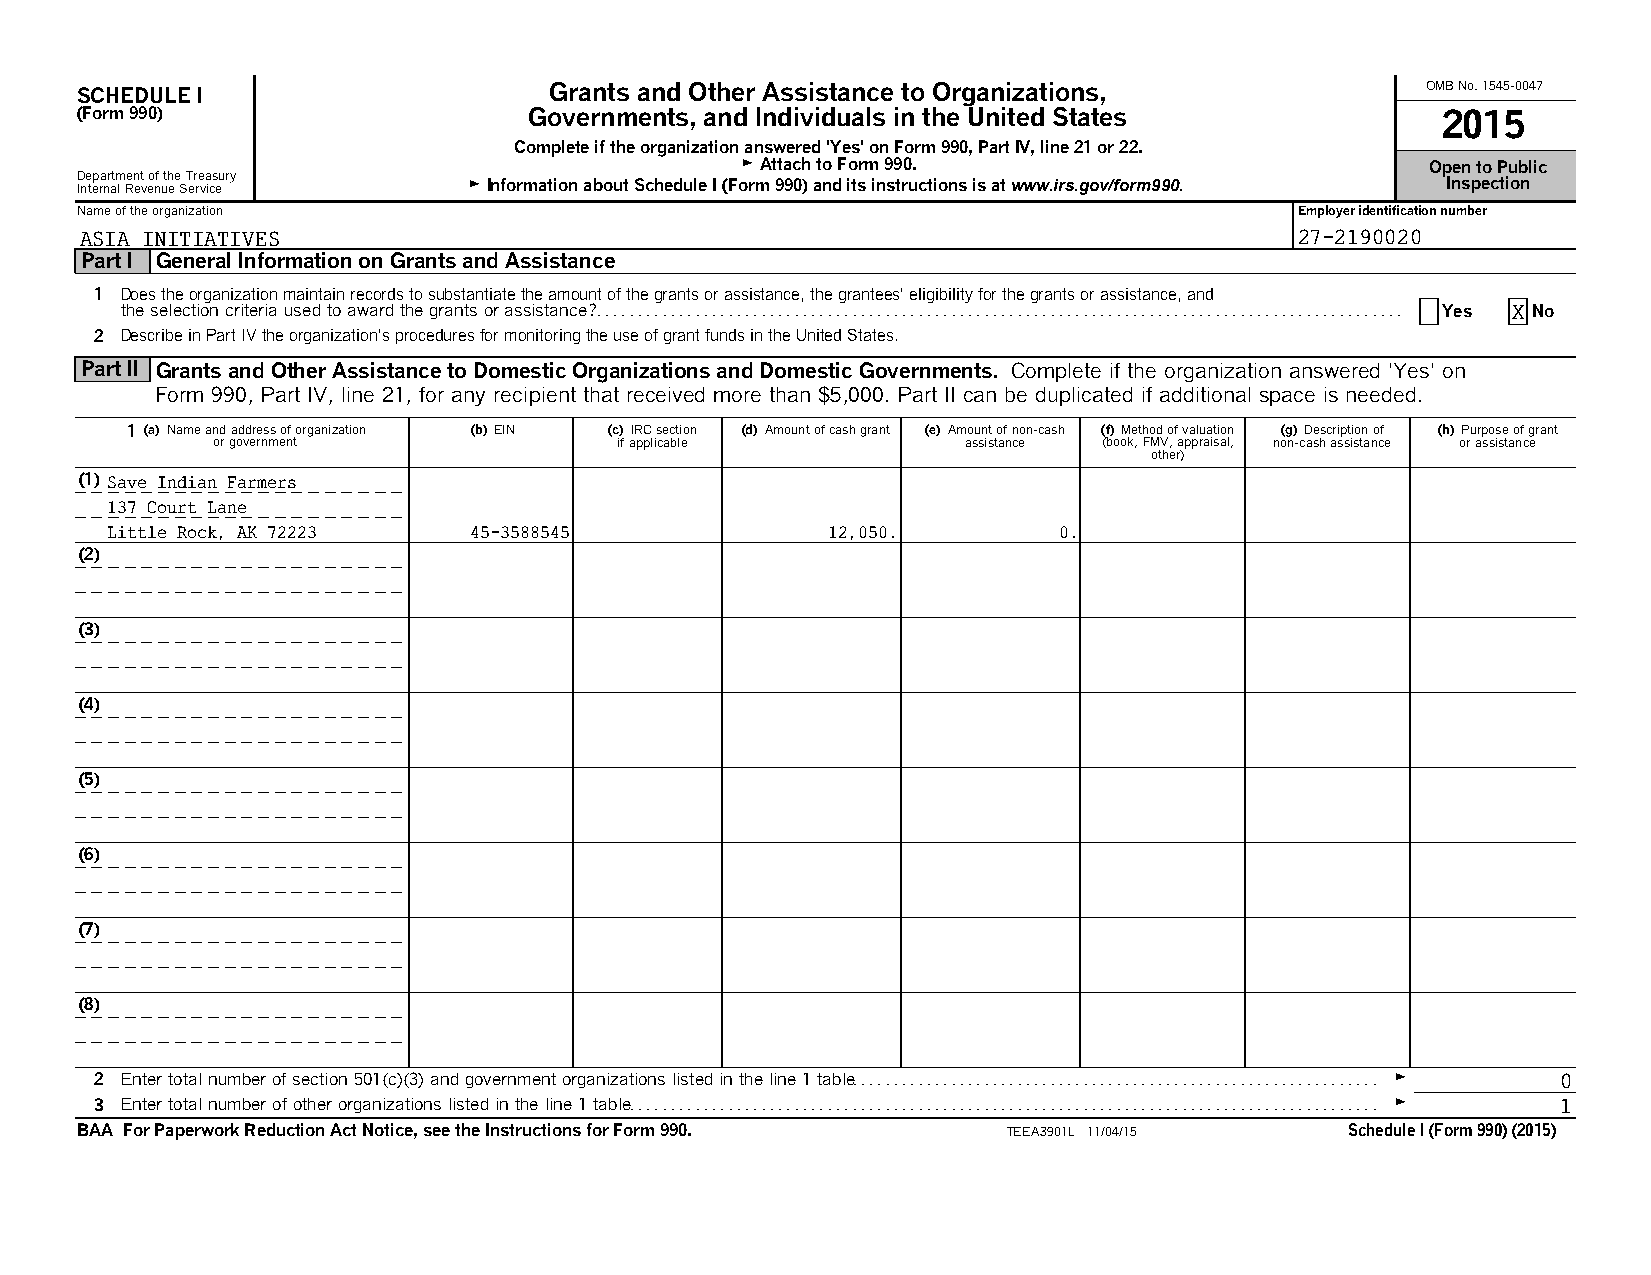
SCHEDULE I                     Grants and Other Assistance to Organizations,             OMB No. 1545-0047
 (Form 990)                    Governments, and Individuals in the United States           2015
 Complete if the organization answered ’Yes’ on Form 990, Part IV, line 21 or 22.
 G Attach to Form 990.                         Open to Public
 D Ine tep ra nr atm l Ren et v eo nf uth ee S T er re va ics eury G Information about Schedule I (Form 990) and its instructions is at www.irs.gov/form990. Inspection
 Name of the organization                                                         Employer identification number
 ASIA INITIATIVES                                                                 27-2190020
 Part I General Information on Grants and Assistance
 1 Does the organization maintain records to substantiate the amount of the grants or assistance, the grantees’ eligibility for the grants or assistance, and
 the selection criteria used to award the grants or assistance?. . . . . . . . . . . . . . . . . . . . . . . . . . . . . . . . . . . . . . . . . . . . . . . . . . . . . . . . . . . . . . . . . . . . . . . . . . . . . . . . . . . . . . . . . . . . . . . . . . Yes X No
 2 Describe in Part IV the organization’s procedures for monitoring the use of grant funds in the United States.
 Part II Grants and Other Assistance to Domestic Organizations and Domestic Governments. Complete if the organization answered ’Yes’ on
 Form 990, Part IV, line 21, for any recipient that received more than $5,000. Part II can be duplicated if additional space is needed.
 1 (a) Name and address of organization (b) EIN (c) IRC section (d) Amount of cash grant (e) Amount of non-cash (f) Method of valuation (g) Description of (h) Purpose of grant
 or government              if applicable          assistance (book, FMV, appraisal, non-cash assistance or assistance
 other)
 (1) Save Indian Farmers
 137 Court Lane
 Little Rock, AK 72223   45-3588545              12,050.        0.
 (2)
 (3)
 (4)
 (5)
 (6)
 (7)
 (8)
 2 Enter total number of section 501(c)(3) and government organizations listed in the line 1 table. . . . . . . . . . . . . . . . . . . . . . . . . . . . . . . . . . . . . . . . . . . . . . . . . . . . . . . . . . . . . . . . G 0
 3 Enter total number of other organizations listed in the line 1 table. . . . . . . . . . . . . . . . . . . . . . . . . . . . . . . . . . . . . . . . . . . . . . . . . . . . . . . . . . . . . . . . . . . . . . . . . . . . . . . . . . . . . . . . . . . G 1
 BAA For Paperwork Reduction Act Notice, see the Instructions for Form 990. TEEA3901L 11/04/15 ScheduleI(Form 990) (2015)